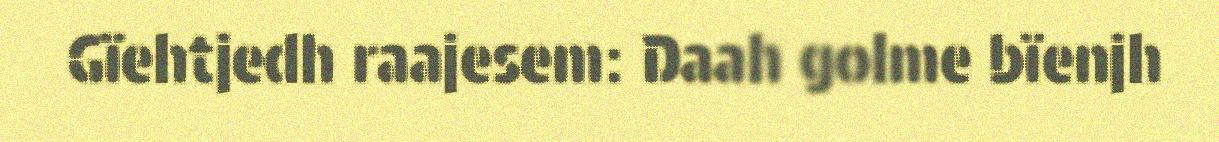
Gïehtjedh raajesem: Daah golme bïenjh